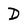
Character: D